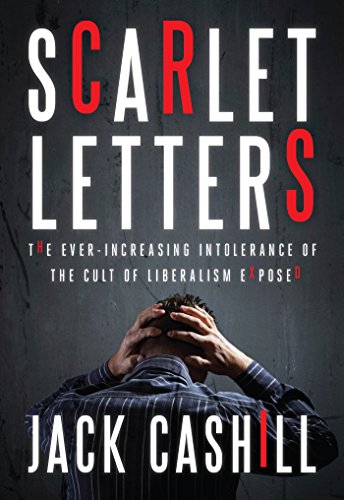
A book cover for Scarlet Letters: The Ever-Increasing Intolerance of the Cult of Liberalism; Jack Cashill; Politics & Social Sciences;